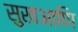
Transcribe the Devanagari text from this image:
सुखआणि